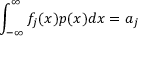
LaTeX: \int _ { - \infty } ^ { \infty } f _ { j } ( x ) p ( x ) d x = a _ { j }